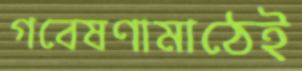
গবেষণামাঠেই